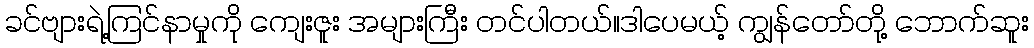
ခင်ဗျားရဲ့ကြင်နာမှုကို ကျေးဇူး အများကြီး တင်ပါတယ်။ဒါပေမယ့် ကျွန်တော်တို့ ဘောက်ဆူး